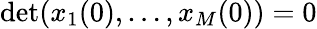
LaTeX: \operatorname*{det}(x_{1}(0),\ldots,x_{M}(0))=0